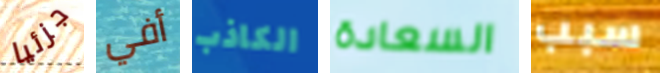
جزئيا أفي الكاذب السعادة سبب